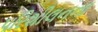
પરિશીલનના